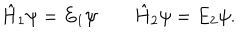
LaTeX: \hat { H } _ { 1 } \psi = E _ { 1 } \psi \qquad \hat { H } _ { 2 } \psi = E _ { 2 } \psi .